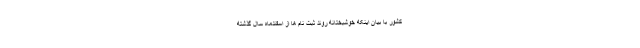
کشور با بیان اینکه خوشبختانه روند ثبت نام ها از اسفندماه سال گذشته